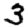
Digit: 3